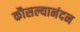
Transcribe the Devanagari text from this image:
कौसल्यानंदन